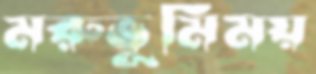
মরুভূমিময়